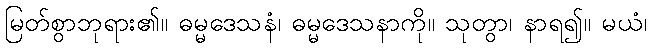
မြတ်စွာဘုရား၏။ ဓမ္မဒေသနံ၊ ဓမ္မဒေသနာကို။ သုတွာ၊ နာရ၍။ မယံ၊